Vaccine operations Central Provinces & Berar 1922-1929 - 1922-1929
Year: 1922
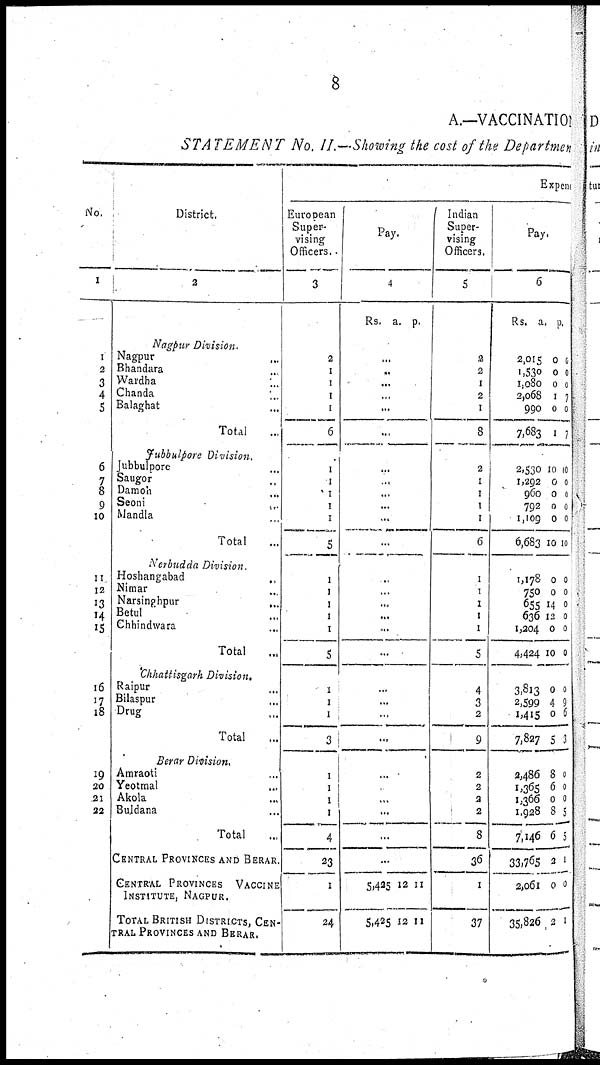
A.—VACCINATION
STATEMENT No. II.—Showing the cost of the Department
No.
1
1
2
3
4
5
6
7
8
9
10
11
12
13
14
15
16
17
18
19
20
21
22
District.
2
Nagpur Division.
Nagpur ...
Bhandara ...
Wardha ...
Chanda ...
Balaghat ...
Total ...
Jubbulpore Division.
Jubbulpore ...
Saugor ...
Damoh ...
Seoni
...
Mandla ...
Total ...
Nerbudda Division.
Hoshangabad ...
Nimar ...
Narsinghpur
...
Betul ...
Chhindwara ...
Total ...
Chhattisgarh Division.
Raipur ...
Bilaspur ...
Drug ...
Total ...
Berar Division.
Amraoti ...
Yeotmal
...
Akola ...
Buldana ...
Total ...
CENTRAL PROVINCES AND BERAR.
CENTRAL PROVINCES VACCINE
INSTITUTE, NAGPUR.
TOTAL BRITISH DISTRICTS, CEN-
---- PROVINCES AND BERAR.
Expend
European
Super-
vising
Officers.
3
2
1
1
1
1
6
1
1
1
1
1
5
1
1
1
1
1
5
1
1
1
3
1
1
1
1
4
23
1
24
Pay.
4
Rs. a. p.
...
...
...
...
...
...
...
...
...
...
...
...
...
...
...
...
...
...
...
...
...
...
...
...
...
...
...
...
5,425
5,425
12
12
11
11
Indian
Super-
vising
Officers.
5
2
2
1
2
1
8
2
1
1
1
1
6
1
1
1
1
1
5
4
3
2
9
2
2
2
2
8
36
1
37
Pay.
6
Rs.
a.
p.
2,015
1,530
1,080
2,068
990
7,683
2,530
1,292
960
792
1,109
6,683
1,178
750
655
636
1,204
4,424
3,813
2,599
1,415
7,827
2,486
1,365
1,366
1,928
7,146
33,765
2,061
35,826
0
0
0
1
0
1
10
0
0
0
0
10
0
0
14
12
0
10
0
4
0
5
8
6
0
8
6
2
0
2
0
0
0
7
0
7
10
0
0
0
0
10
0
0
0
0
0
0
0
9
6
3
0
0
0
5
5
1
0
1